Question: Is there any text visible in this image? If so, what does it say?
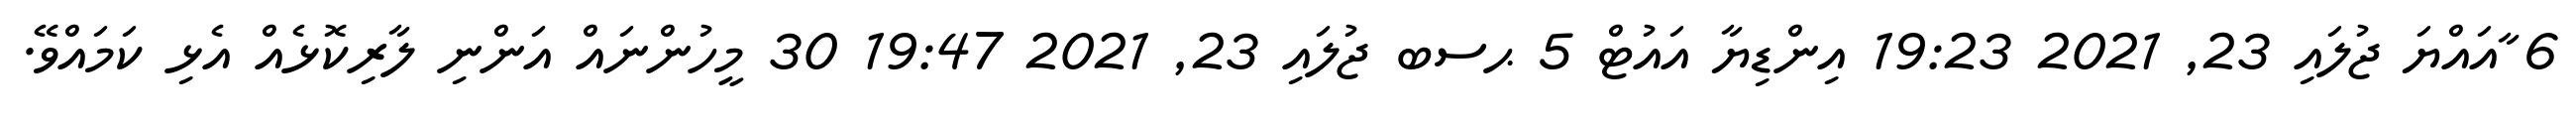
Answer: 6 ާއައްޔަ ޖުލައި 23, 2021 19:23 އިންޑިޔާ އައުޓް 5 ޙސބ ޖުލައި 23, 2021 19:47 30 މީހުންނައް އަންނި ލާރިކޮޅެއް އެޅި ކަމައްވޭ.